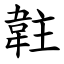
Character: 䪒